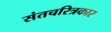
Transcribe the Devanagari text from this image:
संतचरित्रकार